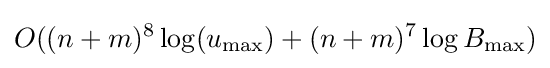
O((n+m)^{8}\log(u_{\max })+(n+m)^{7}\log {B_{\max }})